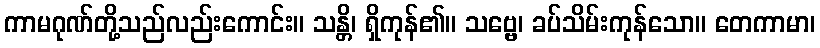
ကာမဂုဏ်တို့သည်လည်းကောင်း။ သန္တိ၊ ရှိကုန်၏။ သဗ္ဗေ၊ ခပ်သိမ်းကုန်သော။ တေကာမာ၊